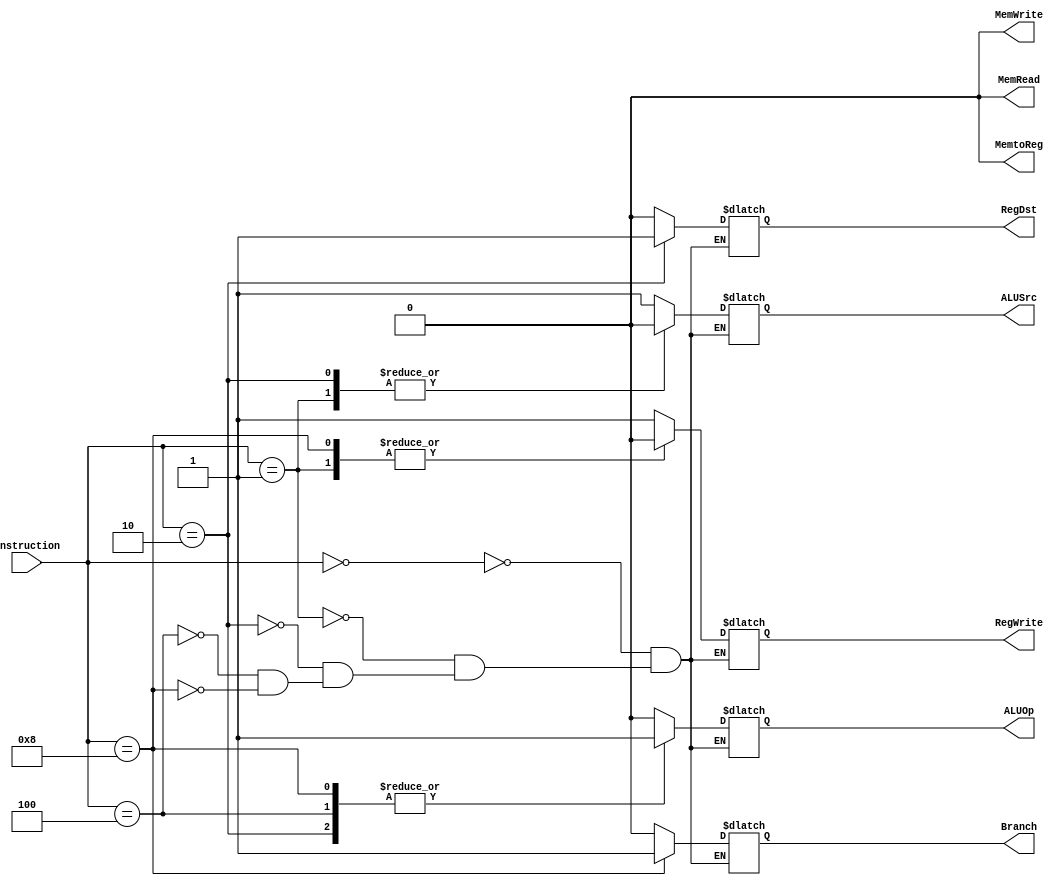
`timescale 1ns / 1ps
//////////////////////////////////////////////////////////////////////////////////
// Company: 
// Engineer: 
// 
// Design Name: 
// Module Name: CONTROLLER
// Project Name: 
// Target Devices: 
// Tool Versions: 
// Description: 
// 
// Dependencies: 
// 
// Revision:
// Revision 0.01 - File Created
// Additional Comments:
// 
//////////////////////////////////////////////////////////////////////////////////


module CONTROLLER(instruction, RegDst, Branch, MemRead, MemtoReg, ALUOp, MemWrite, ALUSrc, RegWrite);
    input [5:0] instruction;
    output reg RegDst=0, Branch=0, MemRead=0, MemtoReg=0, ALUOp=0, MemWrite=0, ALUSrc=0, RegWrite=0;
    always@(instruction)
    begin
        case(instruction)
            //load immediate from 15:0 
            6'b000000: begin
                   RegDst = 0;
                   Branch = 0;
                   MemRead = 0;
                   MemtoReg = 0;
                   ALUOp = 0;
                   MemWrite = 0;
                   ALUSrc = 1;
                   RegWrite = 1;
            end
            //read from register
            6'b000001: begin
                      RegDst = 0;
                      Branch = 0;
                      MemRead = 0;
                      MemtoReg = 0;
                      ALUOp = 0;
                      MemWrite = 0;
                      ALUSrc = 0;
                      RegWrite = 0;
            end
            //r-type
            6'b000010: begin
                      RegDst = 1;
                      Branch = 0;
                      MemRead = 0;
                      MemtoReg = 0;
                      ALUOp = 1;
                      MemWrite = 0;
                      ALUSrc = 0;
                      RegWrite = 1;
            end
            //r-type with literal
            6'b000100: begin
                          RegDst = 0;
                          Branch = 0;
                          MemRead = 0;
                          MemtoReg = 0;
                          ALUOp = 1;
                          MemWrite = 0;
                          ALUSrc = 1;
                          RegWrite = 1;
                end
            //branching type
            6'b001000: begin
                          RegDst = 0;
                          Branch = 1;
                          MemRead = 0;
                          MemtoReg = 0;
                          ALUOp = 1;
                          MemWrite = 0;
                          ALUSrc = 1;
                          RegWrite = 0;
                end    
         endcase
    end
endmodule